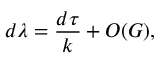
d \lambda = \frac { d \tau } { k } + { \cal O } ( G ) ,